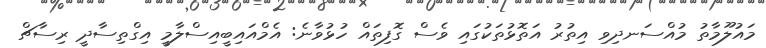
މައުލޫމާތު މުއްސަނދިވި އިތުރު އަތޮޅުތަކުގައި ވެސް ގޮފިތައް ހުޅުވާނެ: އެމްއައިބީއިސްލާމީ އިގްތިސާދީ ރިސާޗް